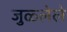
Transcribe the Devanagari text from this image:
जुळ्लेले